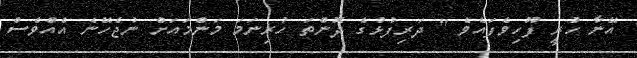
އޭނާ ހުރީ ފޫހިވެފައެވެ " ދަރިފުޅުގެ ދޮންތަ ހުރިނަމަ މަންމައަށް ނުޖެހޭނެ އެއްވެސް